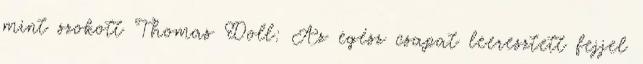
mint szokott Thomas Doll: Az egész csapat leeresztett fejjel